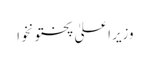
وزیراعلیٰ پختونخوا